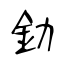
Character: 釛